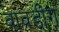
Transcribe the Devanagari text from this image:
वावडींग